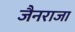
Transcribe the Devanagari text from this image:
जैनराजा